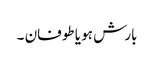
بارش ہو یا طوفان ۔